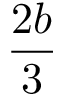
\frac { 2 b } { 3 }